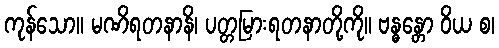
ကုန်သော။ မဏိရတနာနိ၊ ပတ္တမြားရတနာတို့ကို။ ဗန္ဓန္တော ဝိယ စ၊